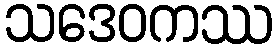
သဒေဝကဿ